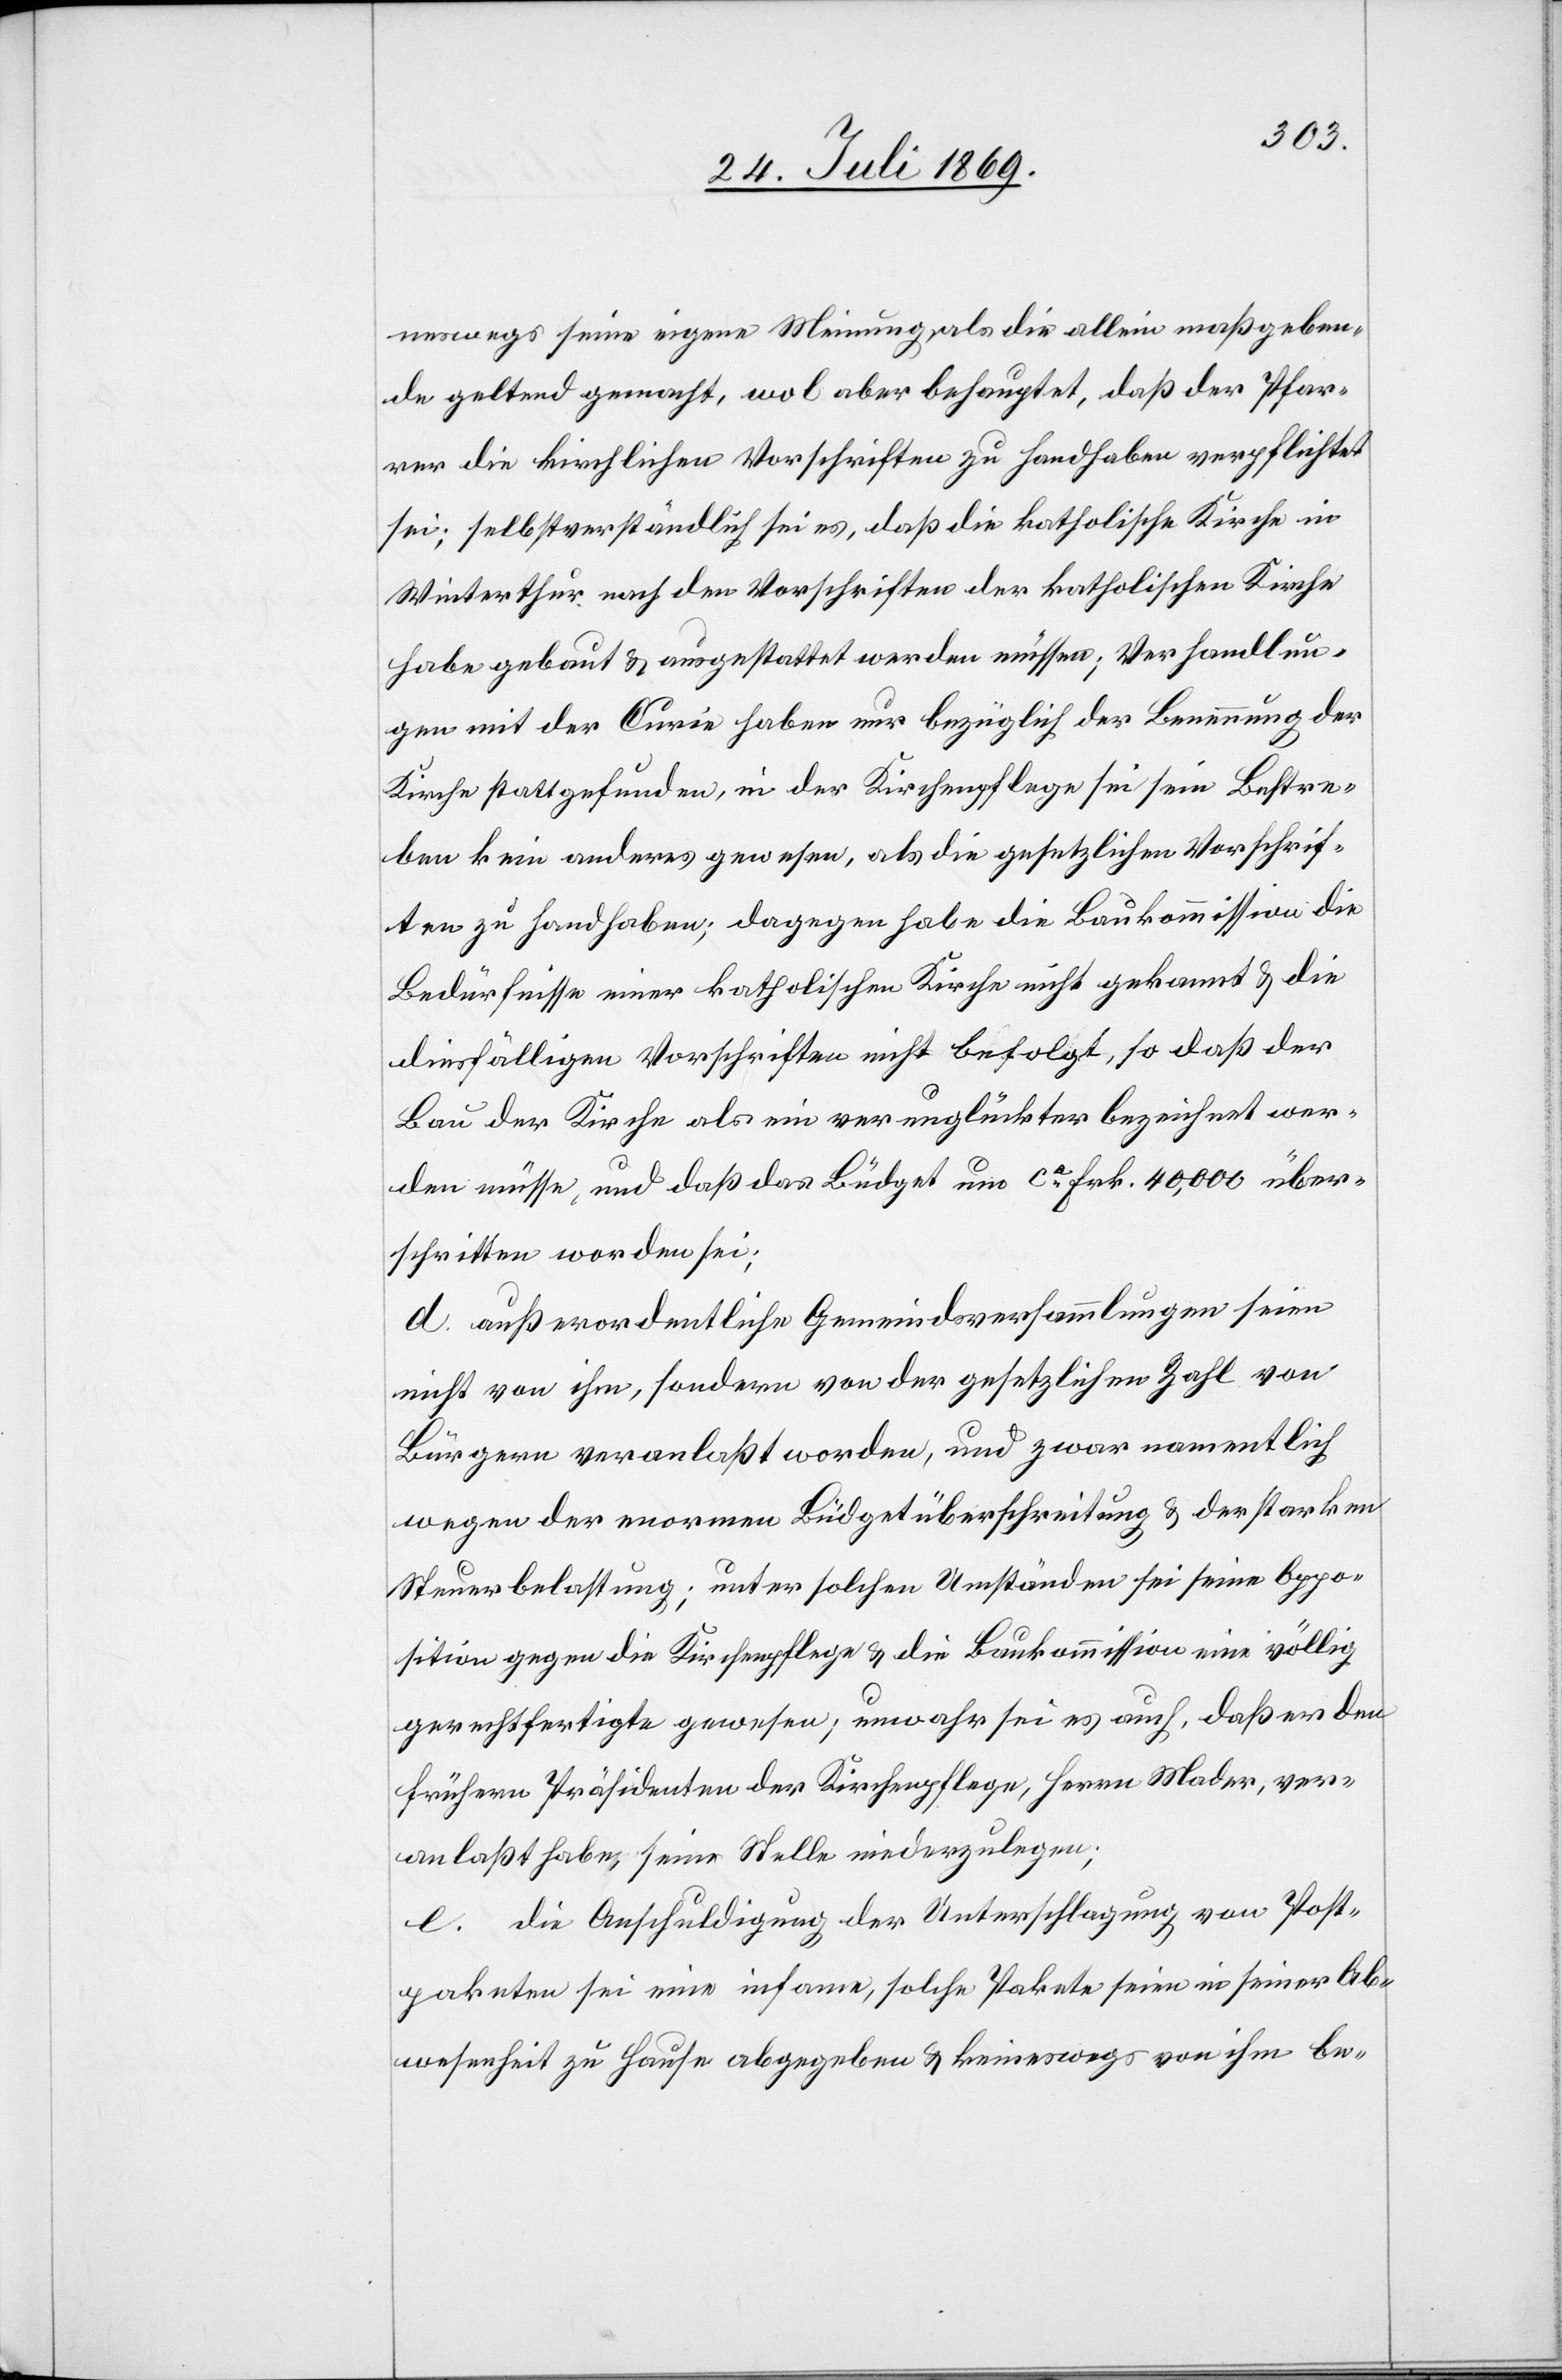
neswegs seine eigene Meinung, als die allein maßgeben¬
de geltend gemacht, wol aber behauptet, daß der Pfar¬
rer die kirchlichen Vorschriften zu Handhaben verpflichtet
sei; selbstverständlich sei es, daß die katholische Kirche in
Winterthur nach den Vorschriften der katholischen Kirche
habe gebaut u. ausgestattet werden müssen; Verhandlun¬
gen mit der Curie haben nur bezüglich der Benennung der
Kirche stattgefunden, in der Kirchenpflege sei sein Bestre¬
ben kein anderes gewesen, als die gesetzlichen Vorschrif¬
ten zu Handhaben; dagegen habe die Baukommission die
Bedürfnisse einer katholischen Kirche nicht gekannt u. die
diesfälligen Vorschriften nicht befolgt, so daß der
Bau der Kirche als ein verunglückter bezeichnet wer¬
den müsse, und daß das Büdget um ca Frk. 40,000 über¬
schritten worden sei;
d. außerordentliche Gemeindsversammlungen seien
nicht von ihm, sondern von der gesetzlichen Zahl von
Bürgern veranlaßt worden, und zwar namentlich
wegen der enormen Büdgetüberschreitung u. der starken
Steuerbelastung; unter solchen Umständen sei seine Oppo¬
sition gegen die Kirchenpflege u. die Baukommission eine völlig
gerechtfertigte gewesen; unwahr sei es auch, daß er den
frühern Präsidenten der Kirchenpflege, Herrn Mader, ver¬
anlaßt habe, seine Stelle niederzulegen;
e. die Anschuldigung der Unterschlagung von Post¬
paketen sei eine infame, solche Pakete seien in seiner Ab¬
wesenheit zu Hause abgegeben u. keineswegs von ihm be-